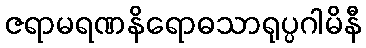
ဇရာမရဏနိရောဓသာရုပ္ပဂါမိနီ